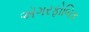
ઍગરફોબિક